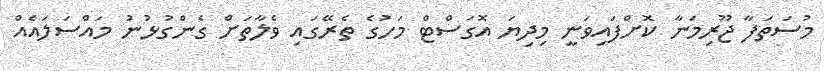
މުސަތަފާ ޖޫރިމަނާ ކޮށްފައިވަނީ މިދިޔަ އޮގަސްޓް މަހުގެ ތެރޭގައި ވެލާތަށް ގެންގުޅުނު މައްސަލައެއް